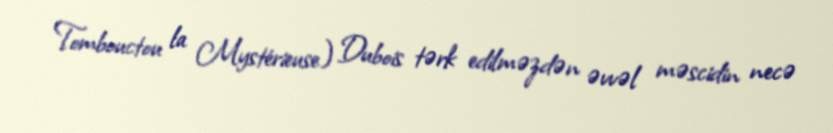
Tombouctou la Mystérieuse) Dubois tərk edilməzdən əvvəl məscidin necə